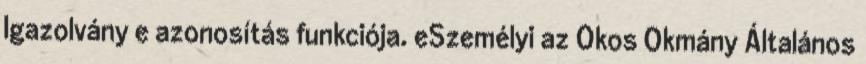
Igazolvány e azonosítás funkciója. eSzemélyi az Okos Okmány Általános